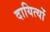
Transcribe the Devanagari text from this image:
दायित्यों